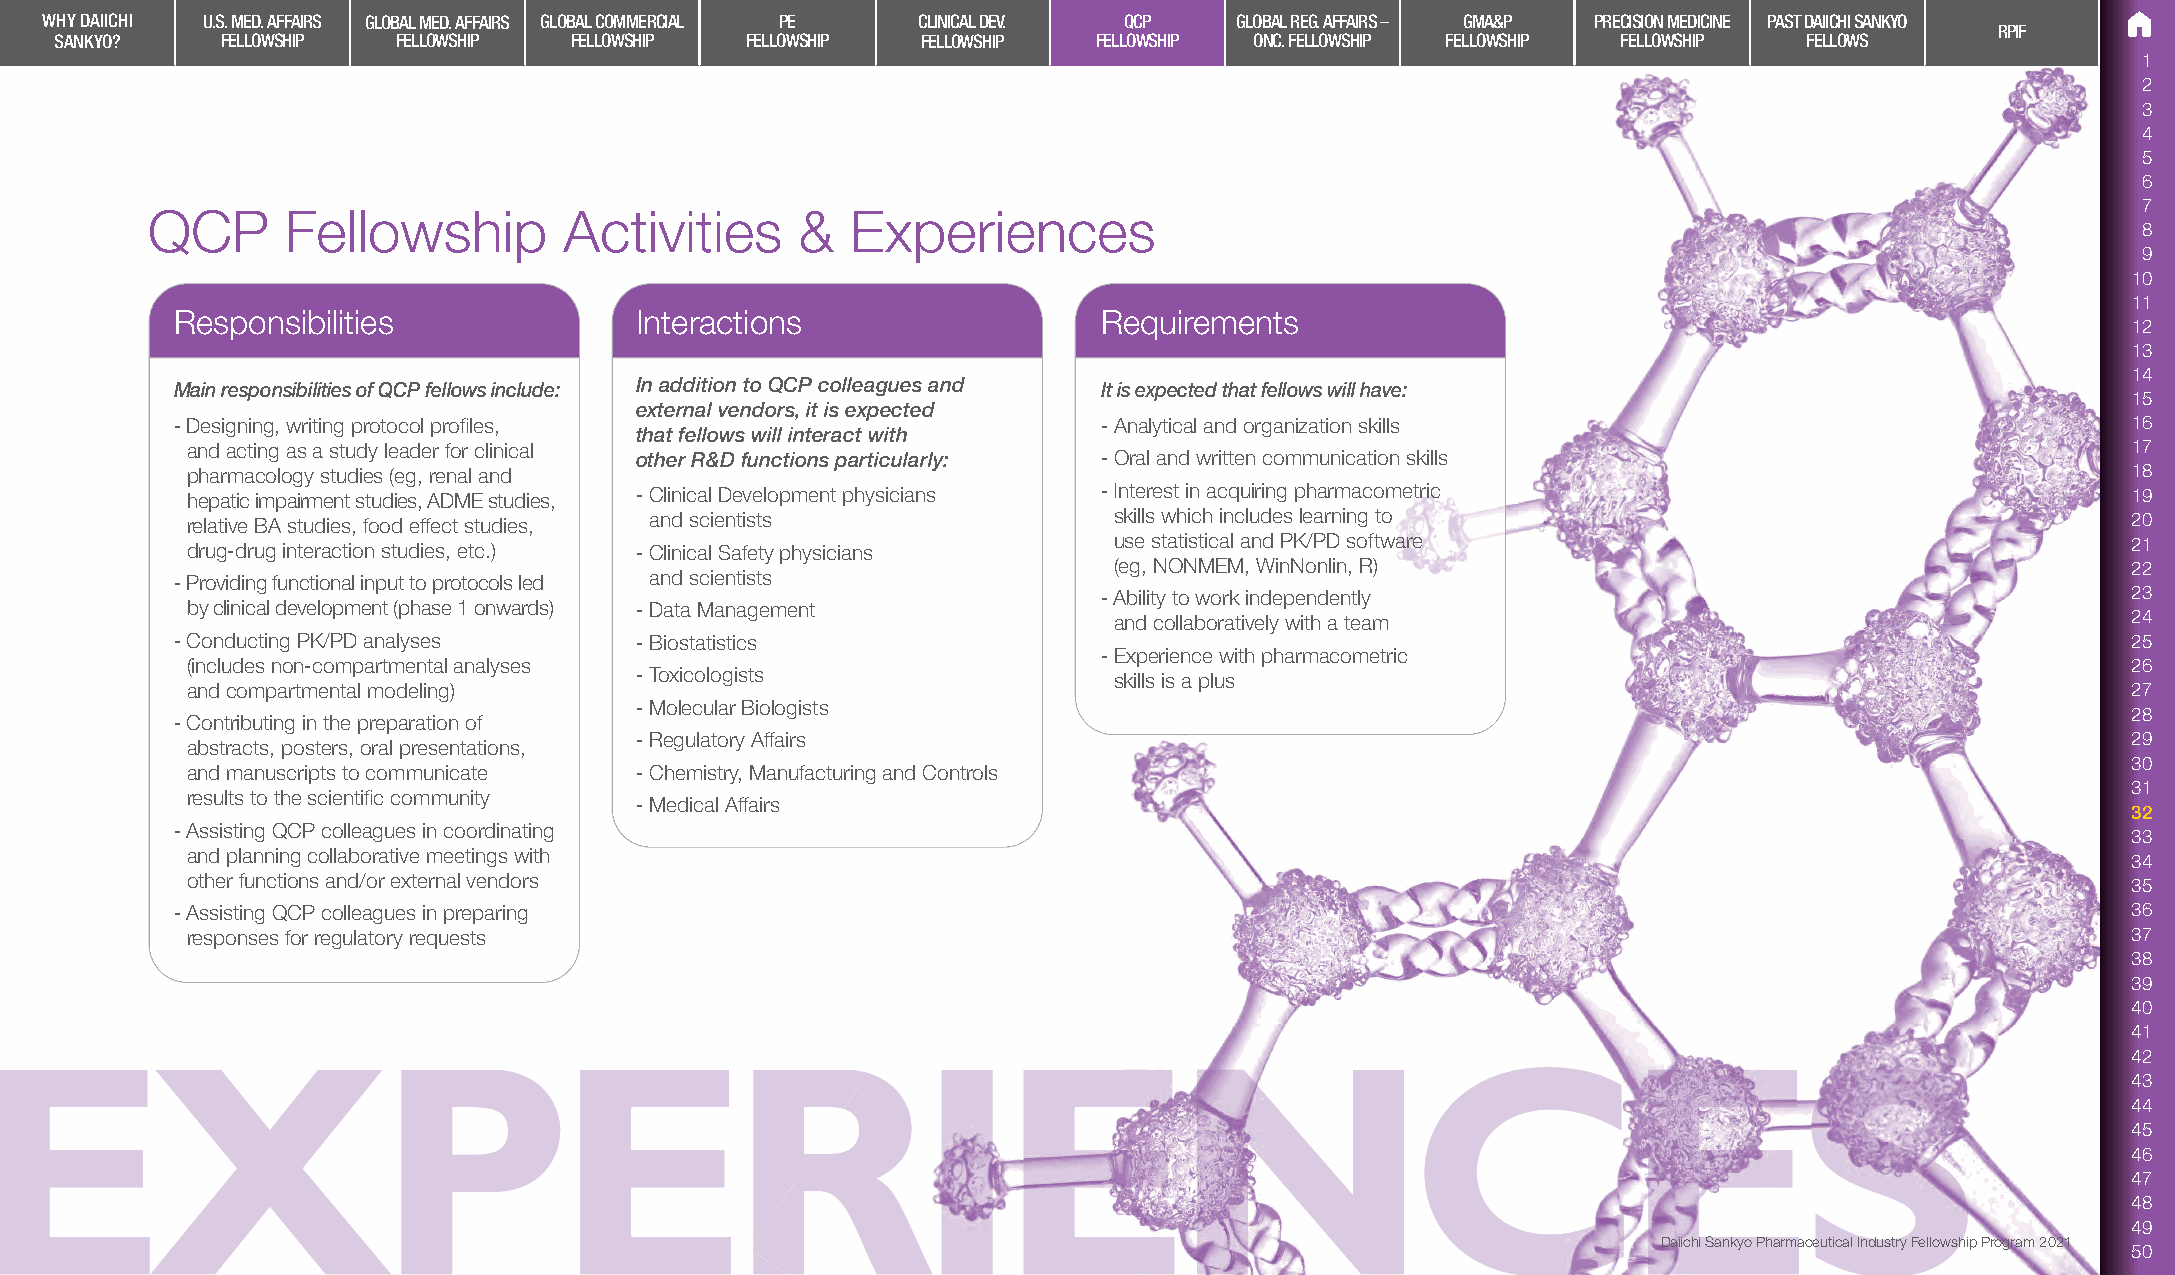
WHY DAIICHI U.S. MED. AFFAIRS GLOBAL MED. AFFAIRS GLOBAL COMMERCIAL PE CLINICAL DEV. QCP GLOBAL REG. AFFAIRS – GMA&P PRECISION MEDICINE PAST DAIICHI SANKYO
 RPIF
 SANKYO?    FELLOWSHIP FELLOWSHIP  FELLOWSHIP FELLOWSHIP  FELLOWSHIP  FELLOWSHIP ONC. FELLOWSHIP FELLOWSHIP FELLOWSHIP FELLOWS
 1
 2
 3
 4
 5
 6
 7
 QCP      Fellowship        Activities      &  Experiences
 8
 9
 10
 11
 Responsibilities               Interactions                   Requirements
 12
 13
 14
 Main responsibilities of QCP fellows include: In addition to QCP colleagues and It is expected that fellows will have:
 15
 external vendors, it is expected
 - Designing, writing protocol profiles,                       - Analytical and organization skills                                16
 that fellows will interact with
 and acting as a study leader for clinical                                                                                        17
 other R&D functions particularly: - Oral and written communication skills
 pharmacology studies (eg, renal and                                                                                              18
 hepatic impairment studies, ADME studies, - Clinical Development physicians - Interest in acquiring pharmacometric               19
 relative BA studies, food effect studies, and scientists      skills which includes learning to                                  20
 drug-drug interaction studies, etc.) - Clinical Safety physicians use statistical and PK/PD software                             21
 (eg, NONMEM, WinNonlin, R)                                         22
 - Providing functional input to protocols led and scientists
 - Ability to work independently                                     23
 by clinical development (phase 1 onwards) - Data Management
 and collaboratively with a team                                    24
 - Conducting PK/PD analyses    - Biostatistics                                                                                    25
 - Experience with pharmacometric
 (includes non-compartmental analyses                                                                                             26
 - Toxicologists                 skills is a plus
 and compartmental modeling)                                                                                                      27
 - Molecular Biologists
 28
 - Contributing in the preparation of
 - Regulatory Affairs                                                                               29
 abstracts, posters, oral presentations,
 30
 and manuscripts to communicate - Chemistry, Manufacturing and Controls
 31
 results to the scientific community
 - Medical Affairs
 32
 - Assisting QCP colleagues in coordinating
 33
 and planning collaborative meetings with
 34
 other functions and/or external vendors                                                                                          35
 - Assisting QCP colleagues in preparing                                                                                           36
 responses for regulatory requests                                                                                                37
 38
 39
 40
 41
 42
 43
 44
 45
 46
 47
 48
 49
 Daiichi Sankyo Pharmaceutical Industry Fellowship Program 2021
 50